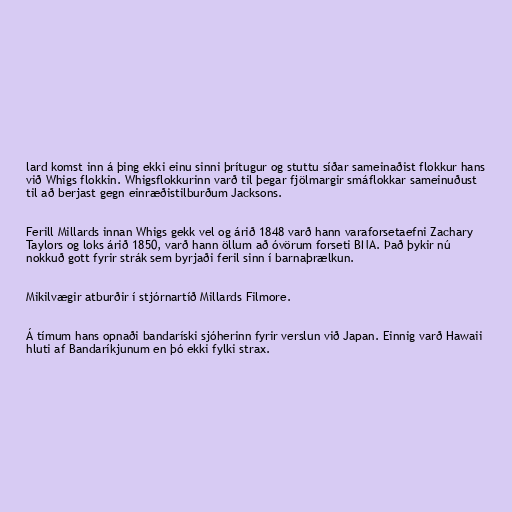
lard komst inn á þing ekki einu sinni þrítugur og stuttu síðar sameinaðist flokkur hans
við Whigs flokkin. Whigsflokkurinn varð til þegar fjölmargir smáflokkar sameinuðust
til að berjast gegn einræðistilburðum Jacksons.

Ferill Millards innan Whigs gekk vel og árið 1848 varð hann varaforsetaefni Zachary
Taylors og loks árið 1850, varð hann öllum að óvörum forseti BNA. Það þykir nú
nokkuð gott fyrir strák sem byrjaði feril sinn í barnaþrælkun.

Mikilvægir atburðir í stjórnartíð Millards Filmore.

Á tímum hans opnaði bandaríski sjóherinn fyrir verslun við Japan. Einnig varð Hawaii
hluti af Bandaríkjunum en þó ekki fylki strax.